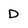
Character: D